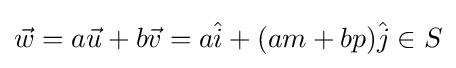
{\vec {w}}=a{\vec {u}}+b{\vec {v}}=a{\hat {i}}+(am+bp){\hat {j}}\in S